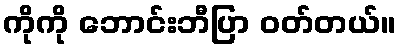
ကိုကို ဘောင်းဘီပြာ ဝတ်တယ်။